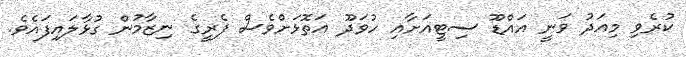
ކުރެވި މިއަދު ވަނީ އައްޑޫ ސިޓީއަށާއި ހުވަދޫ އަތޮޅަށްވެސް ފެރީގެ ނިޒާމުން ގުޅާލައިފައެވެ.